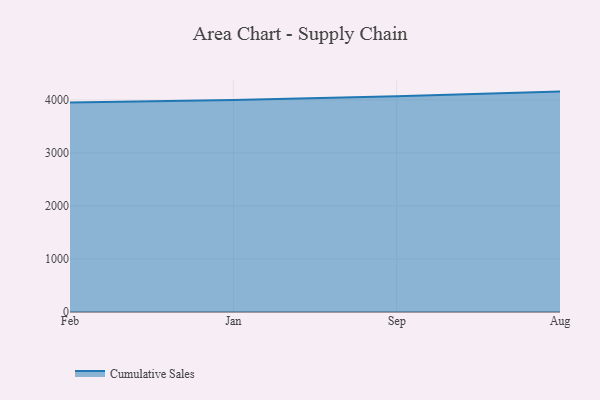
{"axis": {"x": "Month", "y": "Backlog"}, "legend": ["Cumulative Sales"], "data": [{"x": "Feb", "y": 3949.8, "type": "Cumulative Sales"}, {"x": "Jan", "y": 3997.5, "type": "Cumulative Sales"}, {"x": "Sep", "y": 4065.8, "type": "Cumulative Sales"}, {"x": "Aug", "y": 4155.8, "type": "Cumulative Sales"}]}